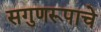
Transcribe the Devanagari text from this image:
सगुणरूपाचे